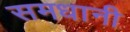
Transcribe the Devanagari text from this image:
समधानी